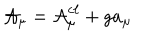
{ \cal A } _ { \mu } = { \cal A } _ { \mu } ^ { c \ell } + g a _ { \mu }